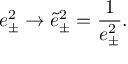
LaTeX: e _ { \pm } ^ { 2 } \rightarrow \widetilde { e } _ { \pm } ^ { 2 } = \frac { 1 } { e _ { \pm } ^ { 2 } } .